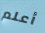
أعلم